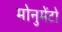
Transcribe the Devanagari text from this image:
मोनुमेंटो